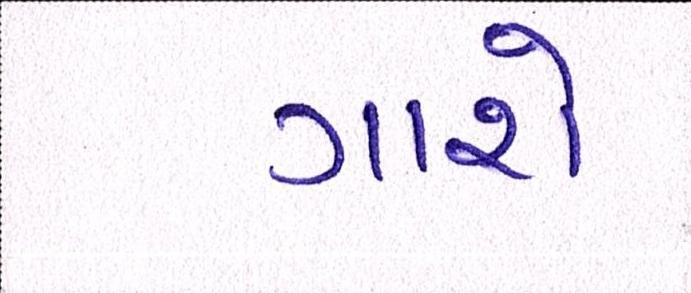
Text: ગાશે